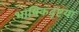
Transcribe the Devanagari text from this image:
भाषिकदृष्टया